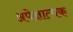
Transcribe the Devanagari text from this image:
अपेक्षात्मक